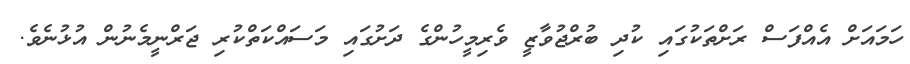
ހަމައަށް އެއްފަސް ރަށްތަކުގައި ކުދި ބުރްޖުވާޒީ ވެރިމީހުންގެ ދަށުގައި މަސައްކަތްކުރި ޖަރްނީމެނުން އުޅުނެވެ.